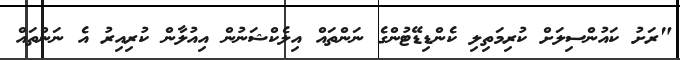
"ރަށު ކައުންސިލަށް ކުރިމަތިލި ކެންޑިޑޭޓުންގެ ނަންތައް އިލެކްޝަނުން އިއުލާން ކުރިއިރު އެ ނަންތައް